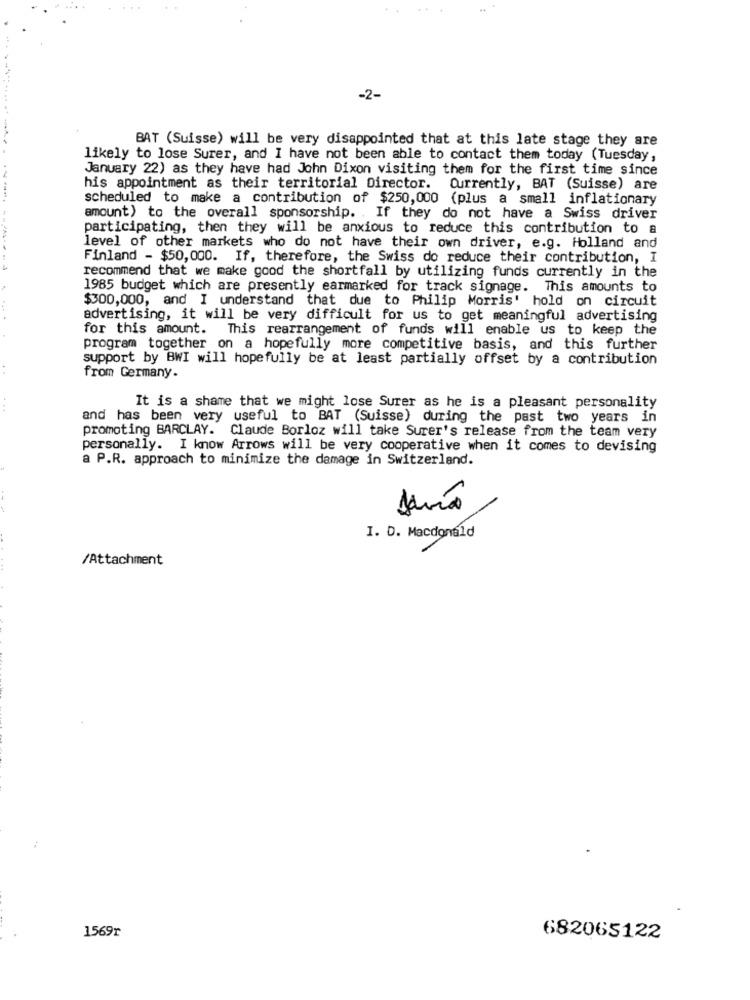
-2-
BAT (Suisse) will be very disappointed that at this late stage they are
likely to lose Surer, and I have not been able to contact them today (Tuesday,
January 22) as they have had John Dixon visiting them for the first time since
his appointment as their territorial Director. Currently, BAT (Suisse) are
scheduled to make a contribution of $250,000 (plus a small inflationary
amount) to the overall sponsorship. . If they do not have a Swiss driver
participating, then they will be anxious to reduce this contribution to a
level of other markets who do not have their own driver, e.g. Holland and
Finland - $50,000. If, therefore, the Swiss do reduce their contribution, I
----- -------
recommend that we make good the shortfall by utilizing funds currently in the
1985 budget which are presently earmarked for track signage. This amounts to
$300,000, and I understand that due to Philip Morris' hold on circuit
advertising, it will be very difficult for us to get meaningful advertising
for this amount. This rearrangement of funds will enable us to keep the
program together on a hopefully more competitive basis, and this further
support by BWI will hopefully be at least partially offset by a contribution
from Germany.
It is a shame that we might lose Surer as he is a pleasant personality
and has been very useful to BAT (Suisse) during the past two years in
promoting BARCLAY. Claude Borloz will take Surer's release from the team very
personally. I know Arrows will be very cooperative when it comes to devising
a P.R. approach to minimize the damage in Switzerland.
I. D. Macdonald
/Attachment
1569r
682065122